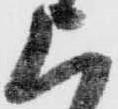
上